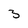
Character: 3